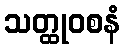
သတ္ထုဝစနံ